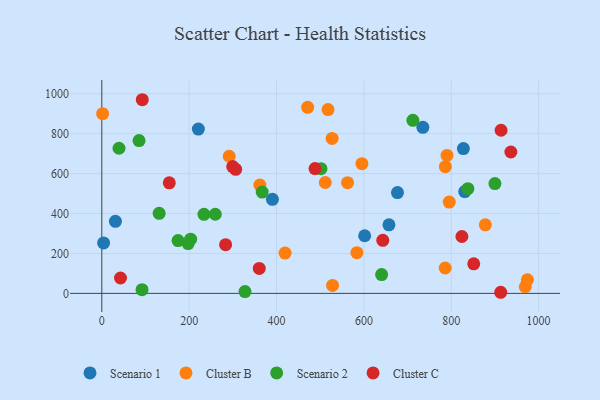
{"axis": {"x": "Ad Spend", "y": "Demand"}, "legend": ["Cluster B", "Cluster C", "Scenario 1", "Scenario 2"], "data": [{"x": "31.2", "y": 361.2, "type": "Scenario 1"}, {"x": "735.0", "y": 831.8, "type": "Scenario 1"}, {"x": "827.8", "y": 725.5, "type": "Scenario 1"}, {"x": "390.6", "y": 471.0, "type": "Scenario 1"}, {"x": "830.9", "y": 510.2, "type": "Scenario 1"}, {"x": "4.1", "y": 252.6, "type": "Scenario 1"}, {"x": "657.4", "y": 343.2, "type": "Scenario 1"}, {"x": "676.9", "y": 505.2, "type": "Scenario 1"}, {"x": "221.1", "y": 822.8, "type": "Scenario 1"}, {"x": "601.8", "y": 288.8, "type": "Scenario 1"}, {"x": "974.3", "y": 67.9, "type": "Cluster B"}, {"x": "790.3", "y": 690.8, "type": "Cluster B"}, {"x": "584.0", "y": 203.7, "type": "Cluster B"}, {"x": "795.4", "y": 457.6, "type": "Cluster B"}, {"x": "1.9", "y": 899.9, "type": "Cluster B"}, {"x": "786.2", "y": 127.2, "type": "Cluster B"}, {"x": "969.5", "y": 33.3, "type": "Cluster B"}, {"x": "786.5", "y": 634.7, "type": "Cluster B"}, {"x": "291.7", "y": 687.0, "type": "Cluster B"}, {"x": "511.6", "y": 555.4, "type": "Cluster B"}, {"x": "527.3", "y": 776.1, "type": "Cluster B"}, {"x": "528.3", "y": 39.8, "type": "Cluster B"}, {"x": "562.6", "y": 554.5, "type": "Cluster B"}, {"x": "419.6", "y": 201.7, "type": "Cluster B"}, {"x": "518.0", "y": 920.5, "type": "Cluster B"}, {"x": "878.0", "y": 343.3, "type": "Cluster B"}, {"x": "595.5", "y": 649.9, "type": "Cluster B"}, {"x": "471.3", "y": 931.9, "type": "Cluster B"}, {"x": "361.9", "y": 542.8, "type": "Cluster B"}, {"x": "39.4", "y": 726.9, "type": "Scenario 2"}, {"x": "327.8", "y": 9.0, "type": "Scenario 2"}, {"x": "85.3", "y": 765.4, "type": "Scenario 2"}, {"x": "174.6", "y": 264.5, "type": "Scenario 2"}, {"x": "640.6", "y": 94.4, "type": "Scenario 2"}, {"x": "501.8", "y": 624.6, "type": "Scenario 2"}, {"x": "131.3", "y": 400.8, "type": "Scenario 2"}, {"x": "838.1", "y": 524.6, "type": "Scenario 2"}, {"x": "197.7", "y": 249.6, "type": "Scenario 2"}, {"x": "233.9", "y": 396.2, "type": "Scenario 2"}, {"x": "367.2", "y": 507.4, "type": "Scenario 2"}, {"x": "203.4", "y": 271.5, "type": "Scenario 2"}, {"x": "712.2", "y": 866.9, "type": "Scenario 2"}, {"x": "92.1", "y": 18.7, "type": "Scenario 2"}, {"x": "259.8", "y": 396.5, "type": "Scenario 2"}, {"x": "900.0", "y": 549.9, "type": "Scenario 2"}, {"x": "283.4", "y": 244.0, "type": "Cluster C"}, {"x": "824.4", "y": 285.0, "type": "Cluster C"}, {"x": "936.5", "y": 708.2, "type": "Cluster C"}, {"x": "851.5", "y": 148.0, "type": "Cluster C"}, {"x": "92.7", "y": 970.0, "type": "Cluster C"}, {"x": "360.5", "y": 125.1, "type": "Cluster C"}, {"x": "914.1", "y": 817.1, "type": "Cluster C"}, {"x": "42.8", "y": 77.2, "type": "Cluster C"}, {"x": "643.3", "y": 265.7, "type": "Cluster C"}, {"x": "306.5", "y": 621.6, "type": "Cluster C"}, {"x": "299.7", "y": 635.3, "type": "Cluster C"}, {"x": "154.5", "y": 553.7, "type": "Cluster C"}, {"x": "488.2", "y": 625.3, "type": "Cluster C"}, {"x": "913.2", "y": 5.6, "type": "Cluster C"}]}